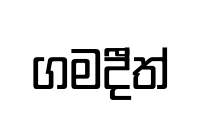
ගමදී්ත්